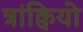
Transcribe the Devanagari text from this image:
त्रांक्वियो